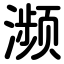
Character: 濒